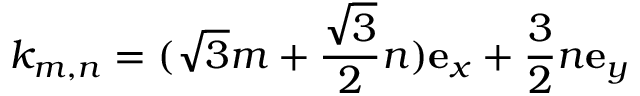
k _ { m , n } = ( \sqrt { 3 } m + \frac { \sqrt { 3 } } { 2 } n ) \mathbf { e } _ { x } + \frac { 3 } { 2 } n \mathbf { e } _ { y }